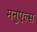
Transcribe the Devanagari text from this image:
मनुएल्स